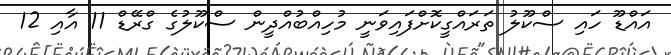
އައްޑޫ ހައި ސްކޫލު ތަރައްގީކޮށްފައިވަނީ މުހިއްބުއްދީން ސްކޫލުގެ ގްރޭޑް 11 އާއި 12